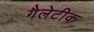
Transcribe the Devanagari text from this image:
गैलेटीक